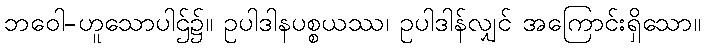
ဘဝေါ-ဟူသောပါဌ်၌။ ဥပါဒါနပစ္စယဿ၊ ဥပါဒါန်လျှင် အကြောင်းရှိသော။